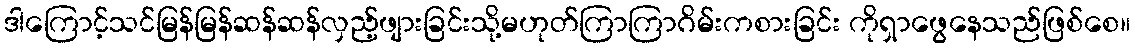
ဒါကြောင့်သင်မြန်မြန်ဆန်ဆန်လှည့်ဖျားခြင်းသို့မဟုတ်ကြာကြာဂိမ်းကစားခြင်း ကိုရှာဖွေနေသည်ဖြစ်စေ။